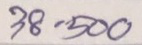
38 - 500